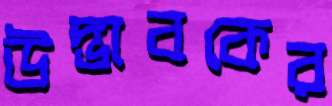
উদ্ভাবকের